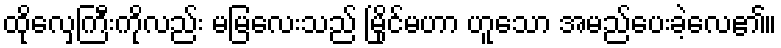
ထိုလှေကြီးကိုလည်း မမြလေးသည် မြိုင်မဟာ ဟူသော အမည်ပေးခဲ့လေ၏။